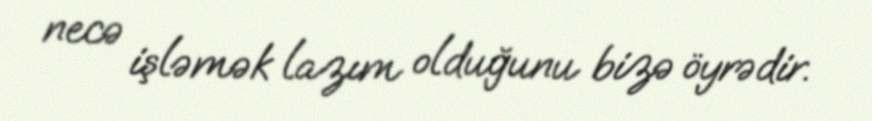
necə işləmək lazım olduğunu bizə öyrədir.